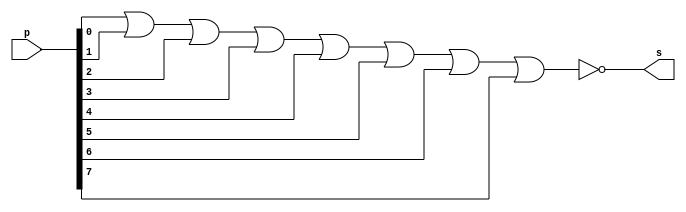
// --------------------- 
// Exercicio0011 - ZERO 
// Nome: Marcio Enio G Dutra Junior 
// --------------------- 
 
// --------------------- 
// -- zero 
// --------------------- 
 
module zero (output s, input[7:0] p); 
	assign s = ~(p[0]|p[1]|p[2]|p[3]|p[4]|p[5]|p[6]|p[7]); 
endmodule // zero 
 
// --------------------- 
// -- test zero
// --------------------- 
module testzero; 
// ------------------------- dados locais 
   reg[7:0]   a; // definir registrador 
   wire  s;    // definir conexao (fio) 
// ------------------------- instancia 
   zero ZERO1(s, a);
 
// ------------------------- preparacao 
   initial begin:start 
            a=8'b0000_0000; 
   end 
 
// ------------------------- parte principal 
   initial begin:main 
         $display("Exercicio0011 - Marcio Enio G Dutra Junior - 441698"); 
         $display("Test zero"); 
         $display("\np  =  s\n"); 
 	#1    $monitor("%b  =  %b", a, s); 
	#1		a=8'b0000_0001;
	#1		a=8'b0000_0010;
	#1		a=8'b0000_0011;
	#1		a=8'b0000_0100;
	#1		a=8'b0000_0101;
	#1		a=8'b0000_0110;
	#1		a=8'b0000_0111;
	#1		a=8'b0000_1000;
	#1		a=8'b0000_1001;
	#1		a=8'b0000_1010;
	#1		a=8'b0000_1011;
	#1		a=8'b0000_1100;
	#1		a=8'b0000_1101;
	#1		a=8'b0000_1110;
	#1		a=8'b1111_1111;
 
 end 
 
endmodule // testzero